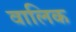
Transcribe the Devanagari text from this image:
वालिक